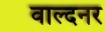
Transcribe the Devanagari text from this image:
वाल्दनर